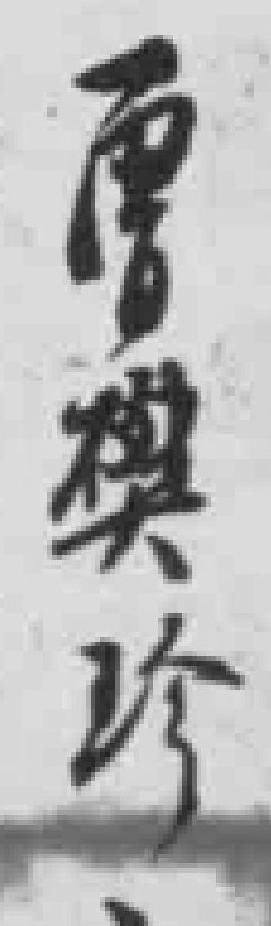
曾樊珍